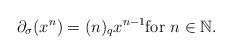
\begin{align*} \partial_{\sigma}(x^n) = (n)_{q}x^{n-1} \mathrm{for}\ n \in \mathbb N.\end{align*}